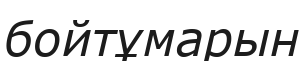
бойтұмарын